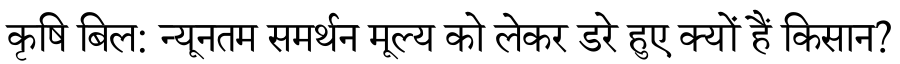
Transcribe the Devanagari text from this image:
कृषि बिल: न्यूनतम समर्थन मूल्य को लेकर डरे हुए क्यों हैं किसान?